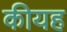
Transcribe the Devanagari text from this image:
कीयह